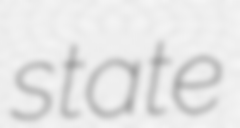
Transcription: state